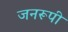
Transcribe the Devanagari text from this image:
जनरूपी